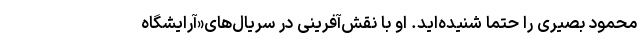
محمود بصیری را حتما شنیده‌اید. او با نقش‌آفرینی در سریال‌های«آرایشگاه